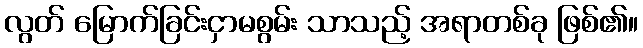
လွတ် မြောက်ခြင်းငှာမစွမ်း သာသည့် အရာတစ်ခု ဖြစ်၏။